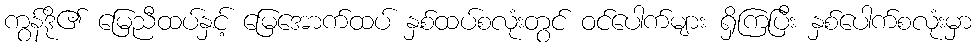
ကွန်ဒို၏ မြေညီထပ်နှင့် မြေအောက်ထပ် နှစ်ထပ်စလုံးတွင် ဝင်ပေါက်များ ရှိကြပြီး နှစ်ပေါက်စလုံးမှာ